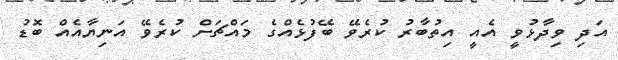
އަދި ވިދާޅުވީ އެއީ އިތުބާރު ކުރެވޭ ބޭފުޅެއްގެ މައްޗަށް ކުރެވޭ އަނިޔާއެއް ބޮޑު